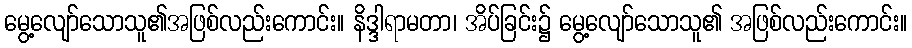
မွေ့လျော်သောသူ၏အဖြစ်လည်းကောင်း။ နိဒ္ဒါရာမတာ၊ အိပ်ခြင်း၌ မွေ့လျော်သောသူ၏ အဖြစ်လည်းကောင်း။